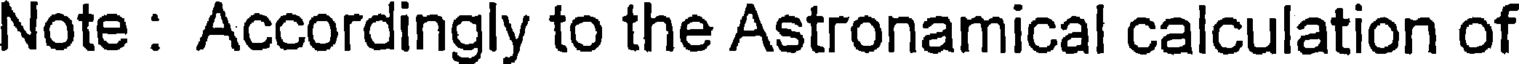
Note : Accordingly to the Astronamical calculation of